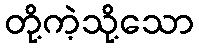
တို့ကဲ့သို့သော